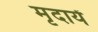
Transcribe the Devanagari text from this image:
मृदायें